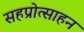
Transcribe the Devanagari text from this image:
सहप्रोत्साहन